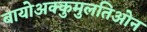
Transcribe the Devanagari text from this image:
बायोअक्कुमुलतिओन